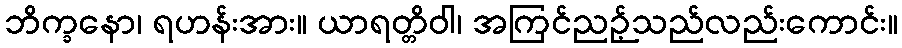
ဘိက္ခနော၊ ရဟန်းအား။ ယာရတ္တိဝါ၊ အကြင်ညဉ့်သည်လည်းကောင်း။